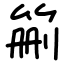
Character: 䈀